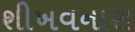
શીખવનારા